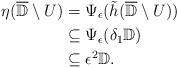
LaTeX: \begin{align*}\eta(\overline{\mathbb{D}}\setminus U)& = \Psi_{\epsilon}(\tilde{h}(\overline{\mathbb{D}}\setminus U))\\& \subseteq \Psi_{\epsilon}(\delta_1\mathbb{D})\\& \subseteq \epsilon^2\mathbb{D}.\end{align*}